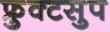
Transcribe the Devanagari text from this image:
फ्रुक्टसुप